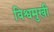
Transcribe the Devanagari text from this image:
विश्वमुखी